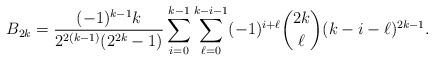
LaTeX: \begin{align*}B_{2k}=\frac{(-1)^{k-1}k}{2^{2(k-1)}(2^{2k}-1)}\sum_{i=0}^{k-1}\sum_{\ell=0}^{k-i-1} (-1)^{i+\ell}\binom{2k}{\ell}(k-i-\ell)^{2k-1}.\end{align*}